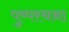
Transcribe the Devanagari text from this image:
पुष्परचना